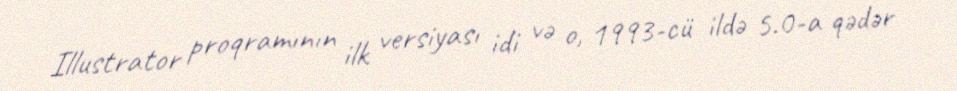
Illustrator proqramının ilk versiyası idi və o, 1993-cü ildə 5.0-a qədər